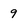
Character: 9